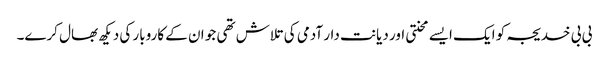
بی بی خدیجہ کو ایک ایسے محنتی اور دیانت دار آدمی کی تلاش تھی جو ان کے کاروبار کی دیکھ بھال کرے۔